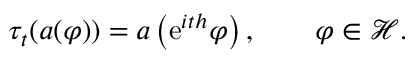
\tau _ { t } ( a ( \varphi ) ) = a \left( \mathrm { e } ^ { i t h } \varphi \right) , \qquad \varphi \in \mathcal { H } .